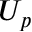
U _ { p }